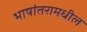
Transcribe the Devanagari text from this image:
भाषांतरामधील